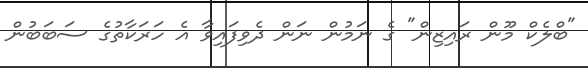
"ބްލެކް މޫން ރައިޒިން" ގެ ނަމުން ނަން ދެވިފައިވާ އެ ހަރަކާތުގެ ސަބަބުން